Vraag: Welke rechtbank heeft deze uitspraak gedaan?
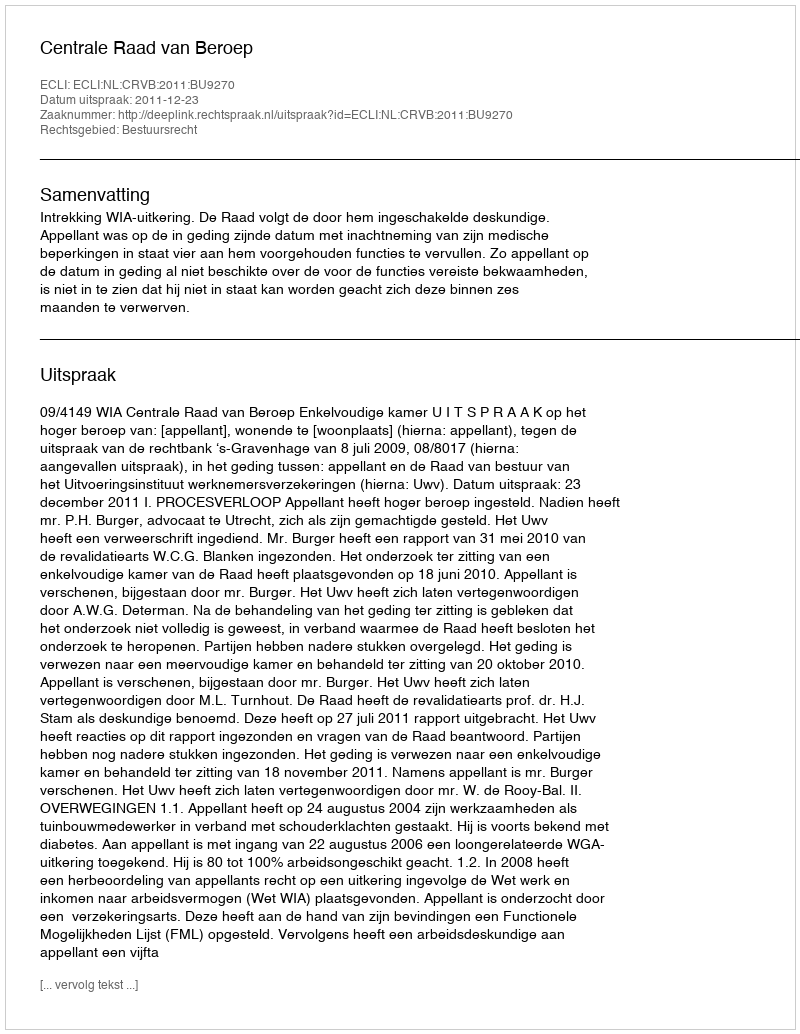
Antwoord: Centrale Raad van Beroep